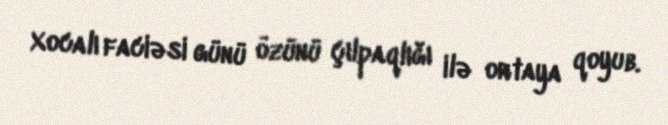
Xocalı faciəsi günü özünü çılpaqlığı ilə ortaya qoyub.